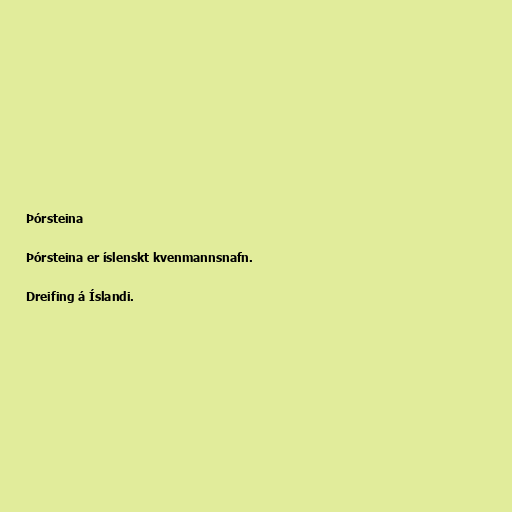
Þórsteina

Þórsteina er íslenskt kvenmannsnafn.

Dreifing á Íslandi.